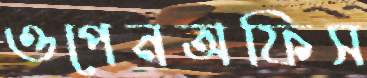
ওপেনঅফিস